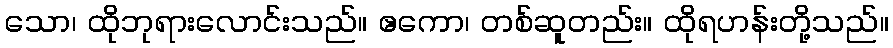
သော၊ ထိုဘုရားလောင်းသည်။ ဧကော၊ တစ်ဆူတည်း။ ထိုရဟန်းတို့သည်။